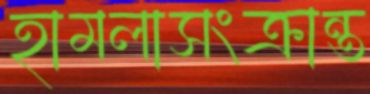
হামলাসংক্রান্ত